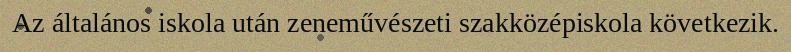
Az általános iskola után zeneművészeti szakközépiskola következik.